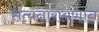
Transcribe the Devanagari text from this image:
सत्यनारायणात